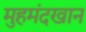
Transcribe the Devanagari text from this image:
मुहमंदखान